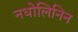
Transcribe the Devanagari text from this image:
नधोलिनिन